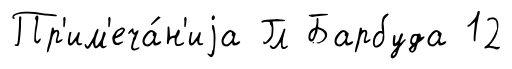
Пр'им'еча́н'иjа Гл Барбуда 12